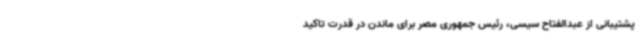
پشتیبانی از عبدالفتاح سیسی، رئیس جمهوری مصر برای ماندن در قدرت تاکید